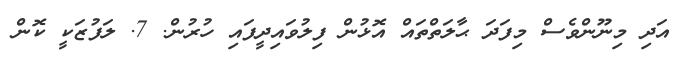
އަދި މިނޫންވެސް މިފަދަ ޙާލަތްތައް އޮޅުން ފިލުވައިދީފައި ހުރުން. 7. ލަފުޒަކީ ކޮން